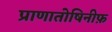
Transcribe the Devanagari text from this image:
प्राणातोषिनीफ़